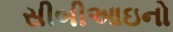
સીબીઆઇનો